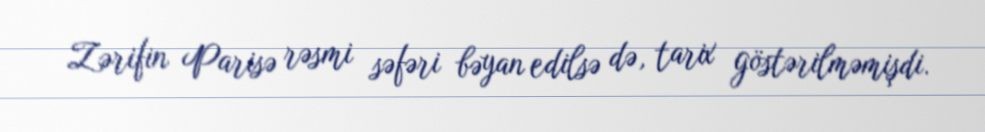
Zərifin Parisə rəsmi səfəri bəyan edilsə də, tarix göstərilməmişdi.